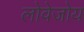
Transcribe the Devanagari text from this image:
लोवेजोय